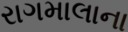
રાગમાલાના